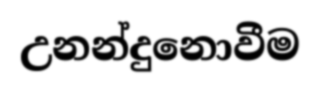
උනන්දුනොවීම